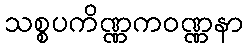
သစ္စပကိဏ္ဏကဝဏ္ဏနာ